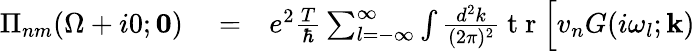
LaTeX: \begin{array}{rlr}{\Pi_{nm}(\Omega+i0;\mathbf{0})}&{{}=}&{e^{2}\frac{T}{\hbar}\sum_{l=-\infty}^{\infty}\int\frac{d^{2}k}{(2\pi)^{2}}\mathrm{~t~r~}\Big[v_{n}G(i\omega_{l};\mathbf{k})}\end{array}